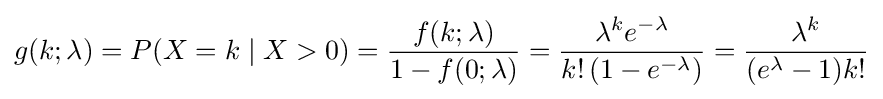
g(k;\lambda )=P(X=k\mid X>0)={\frac {f(k;\lambda )}{1-f(0;\lambda )}}={\frac {\lambda ^{k}e^{-\lambda }}{k!\left(1-e^{-\lambda }\right)}}={\frac {\lambda ^{k}}{(e^{\lambda }-1)k!}}